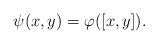
LaTeX: \begin{align*}\psi(x,y)=\varphi([x,y]).\end{align*}